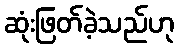
ဆုံးဖြတ်ခဲ့သည်ဟု